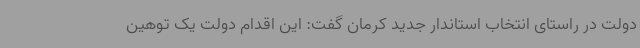
دولت در راستای انتخاب استاندار جدید کرمان گفت: این اقدام دولت یک توهین